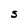
Character: S